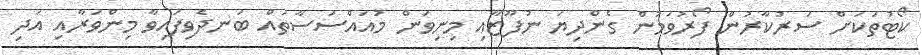
ކޯޓުތަކަށް ސަރުކާރުން ފޯރުވަމުން ގެންދިޔަ ނުފޫޒާއި މިނިވަން މުއައްސަސާތައް ބަނދެވިފައިވާ މިންވަރާއި އަދި